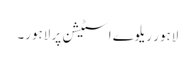
لاہور ریلوے اسٹیشن پر لاہور۔